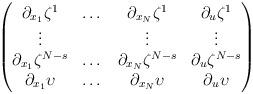
LaTeX: \begin{align*}\begin{pmatrix}\partial_{x_1}\zeta^1&\dots&\partial_{x_N}\zeta^1&\partial_u\zeta^1\\\vdots&&\vdots&\vdots\\\partial_{x_1}\zeta^{N-s}&\dots&\partial_{x_N}\zeta^{N-s}&\partial_u\zeta^{N-s}\\\partial_{x_1}\upsilon &\dots&\partial_{x_N}\upsilon&\partial_u\upsilon\end{pmatrix}\end{align*}